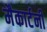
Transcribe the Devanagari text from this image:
मैकार्टनी